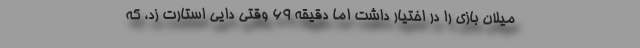
میلان بازی را در اختیار داشت اما دقیقه 69 وقتی دایی استارت زد، که